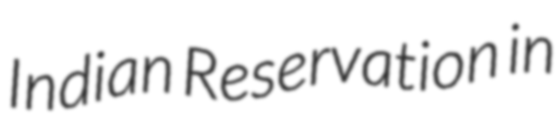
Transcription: Indian Reservation in